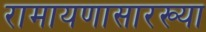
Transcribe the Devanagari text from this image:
रामायणासारख्या